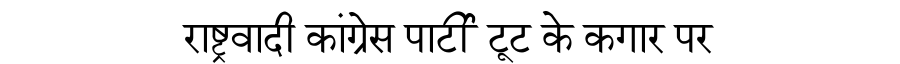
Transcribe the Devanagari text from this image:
राष्ट्रवादी कांग्रेस पार्टी टूट के कगार पर